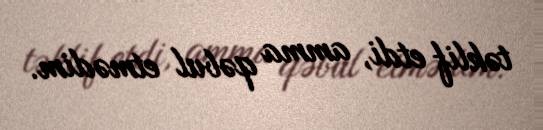
təklif etdi, amma qəbul etmədim.